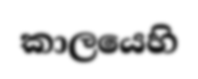
කාලයෙහි